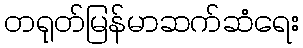
တရုတ်မြန်မာဆက်ဆံရေး